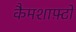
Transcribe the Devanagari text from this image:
कैमशाफ़्टों